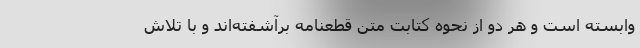
وابسته است و هر دو از نحوه کتابت متن قطعنامه برآشفته‌اند و با تلاش